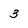
Character: 3